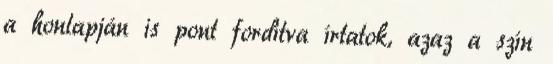
a honlapján is pont fordítva írtatok, azaz a szín